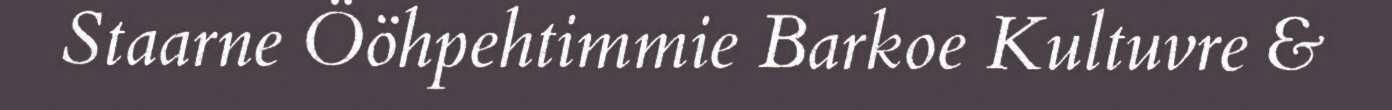
Staarne Ööhpehtimmie Barkoe Kultuvre &